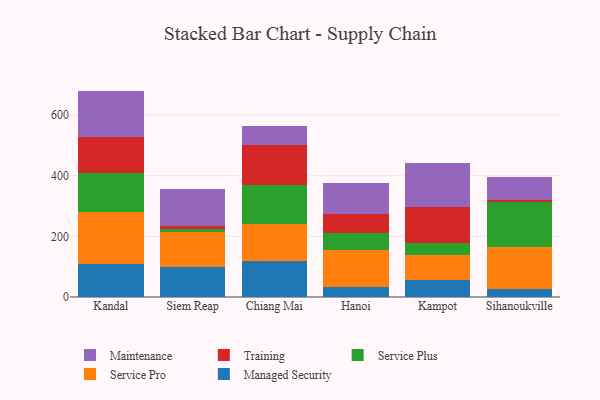
{"axis": {"x": "City", "y": "Gross Profit (USD K)"}, "legend": ["Maintenance", "Managed Security", "Service Plus", "Service Pro", "Training"], "data": [{"x": "Kandal", "y": 109.0, "type": "Managed Security"}, {"x": "Kandal", "y": 171.4, "type": "Service Pro"}, {"x": "Kandal", "y": 127.4, "type": "Service Plus"}, {"x": "Kandal", "y": 121.1, "type": "Training"}, {"x": "Kandal", "y": 151.4, "type": "Maintenance"}, {"x": "Siem Reap", "y": 98.0, "type": "Managed Security"}, {"x": "Siem Reap", "y": 115.7, "type": "Service Pro"}, {"x": "Siem Reap", "y": 11.9, "type": "Service Plus"}, {"x": "Siem Reap", "y": 9.3, "type": "Training"}, {"x": "Siem Reap", "y": 121.4, "type": "Maintenance"}, {"x": "Chiang Mai", "y": 120.1, "type": "Managed Security"}, {"x": "Chiang Mai", "y": 122.3, "type": "Service Pro"}, {"x": "Chiang Mai", "y": 128.2, "type": "Service Plus"}, {"x": "Chiang Mai", "y": 131.1, "type": "Training"}, {"x": "Chiang Mai", "y": 62.7, "type": "Maintenance"}, {"x": "Hanoi", "y": 31.5, "type": "Managed Security"}, {"x": "Hanoi", "y": 124.4, "type": "Service Pro"}, {"x": "Hanoi", "y": 56.8, "type": "Service Plus"}, {"x": "Hanoi", "y": 62.2, "type": "Training"}, {"x": "Hanoi", "y": 99.9, "type": "Maintenance"}, {"x": "Kampot", "y": 56.4, "type": "Managed Security"}, {"x": "Kampot", "y": 82.1, "type": "Service Pro"}, {"x": "Kampot", "y": 40.1, "type": "Service Plus"}, {"x": "Kampot", "y": 118.6, "type": "Training"}, {"x": "Kampot", "y": 144.8, "type": "Maintenance"}, {"x": "Sihanoukville", "y": 27.0, "type": "Managed Security"}, {"x": "Sihanoukville", "y": 136.7, "type": "Service Pro"}, {"x": "Sihanoukville", "y": 150.4, "type": "Service Plus"}, {"x": "Sihanoukville", "y": 5.6, "type": "Training"}, {"x": "Sihanoukville", "y": 77.1, "type": "Maintenance"}]}